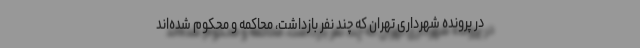
در پرونده شهرداری تهران که چند نفر بازداشت، محاکمه و محکوم شده‌اند